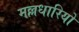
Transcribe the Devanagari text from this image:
मल्लधारियों